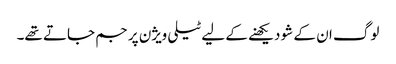
لوگ ان کے شو دیکھنے کے لیے ٹیلی ویژن پر جم جاتے تھے۔